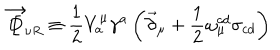
\overrightarrow { \not \! \! D } _ { \nu R } \equiv \frac { 1 } { 2 } V _ { a } ^ { \mu } \gamma ^ { a } \left( \vec { \partial } _ { \mu } + \frac { 1 } { 2 } \omega _ { \mu } ^ { c d } \sigma _ { c d } \right)